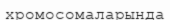
хромосомаларында